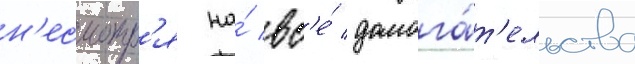
н'есмотр'я на́ вс'е́ домога́т'ельства